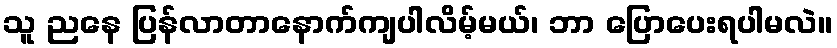
သူ ညနေ ပြန်လာတာနောက်ကျပါလိမ့်မယ်၊ ဘာ ပြောပေးရပါမလဲ။